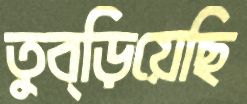
তুব্‌ড়িয়েছি